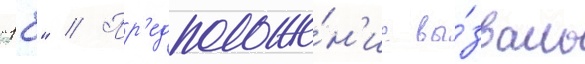
"18" // Пр'едположе́н'ие вы́звало